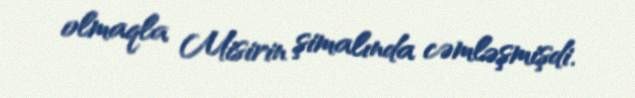
olmaqla Misirin şimalında cəmləşmişdi.